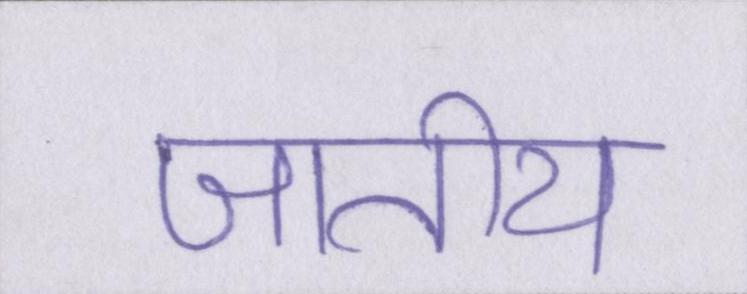
जातीय